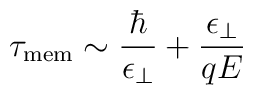
\tau_{\rm mem}\sim {\hbar\over\epsilon_\perp}+{\epsilon_\perp\over qE}